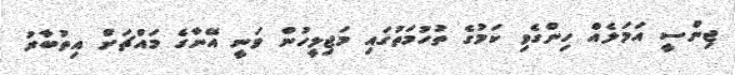
ޖިންސީ އަމަލެއް ހިންގެވި ކަމުގެ ތުހުމަތުގައި މަޖިލީހުން ވަނީ އޭނާގެ މައްޗަށް އިތުބާރު